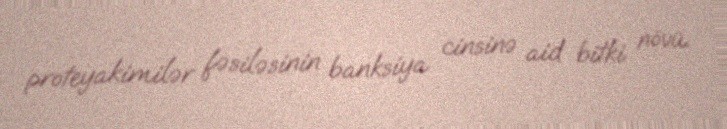
proteyakimilər fəsiləsinin banksiya cinsinə aid bitki növü.